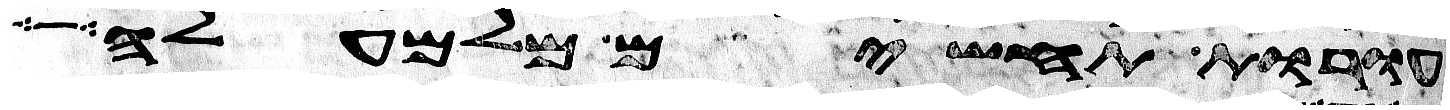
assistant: עורות תחשים מלמעלה